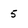
Character: 5